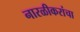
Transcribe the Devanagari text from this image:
नारळीकरांचा